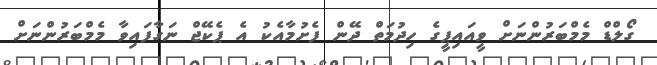
ގޯލްޑް މެމްބަރުންނަށް ވީއައިޕީގެ ހިދުމަތް ދޭން ފެށުމާއެކު އެ ޕެކޭޖް ނަގާފައިވާ މެމްބަރުންނަށް